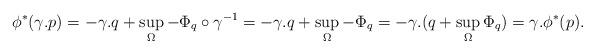
LaTeX: \begin{align*}\phi^*(\gamma.p) = -\gamma.q + \sup_{\Omega} -\Phi_q\circ \gamma^{-1} = -\gamma.q + \sup_{\Omega} -\Phi_q =-\gamma.(q + \sup_{\Omega} \Phi_q) = \gamma.\phi^*(p).\end{align*}